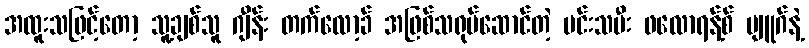
အထူးသဖြင့်တော့ သူ့ချစ်သူ ဂျီန်း တက်လော့ခ် အဖြစ်သရုပ်ဆောင်တဲ့ မင်းသမီး ဖလောရန့်စ် ပျူဂ်နဲ့